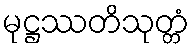
မုဋ္ဌဿတိသုတ္တံ